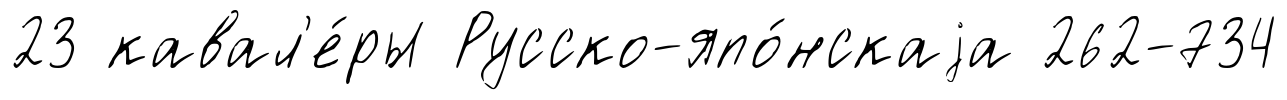
23 кавал'е́ры Русско-япо́нскаjа 262-734